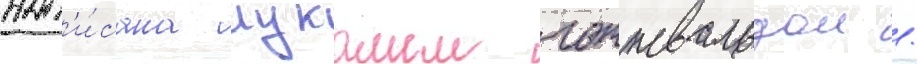
нап'и́сана лукашем готтвальдом /